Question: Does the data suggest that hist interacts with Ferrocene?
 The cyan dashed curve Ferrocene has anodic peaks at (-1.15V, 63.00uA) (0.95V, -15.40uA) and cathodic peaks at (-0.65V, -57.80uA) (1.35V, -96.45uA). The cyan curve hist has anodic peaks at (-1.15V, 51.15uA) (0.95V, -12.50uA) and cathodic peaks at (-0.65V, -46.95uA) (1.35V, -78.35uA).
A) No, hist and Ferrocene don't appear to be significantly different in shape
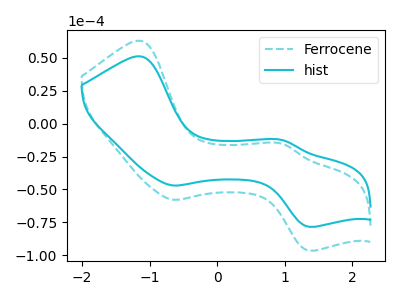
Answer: <think>All the peaks in "hist" have a peak in "Ferrocene" at the same potential.
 </think>
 <answer>A) No, "hist" and "Ferrocene" don't appear to be significantly different in shape</answer>
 <eval>A</eval>